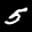
Label: 5